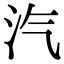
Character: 汽